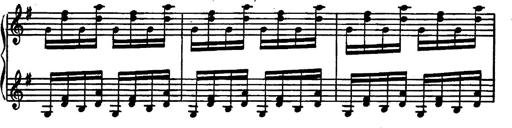
Title: Magyar rapszÃ³diÃ¡k
Composer: Franz Liszt